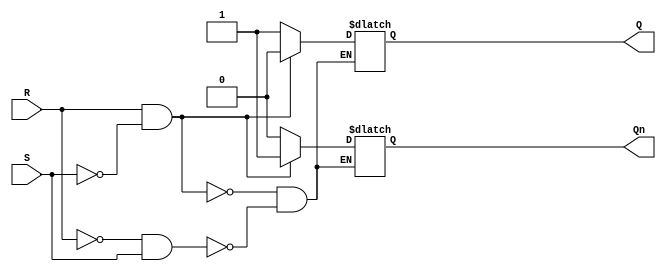
module SR_Latch (
    input wire S,   // Set input
    input wire R,   // Reset input
    output wire Q,  // Q output
    output wire Qn  // Q' (not Q) output
);

    reg Q, Qn;  // Output registers

    // SR latch logic
    always @(S, R) begin
        if (R && !S) begin
            Q <= 0;
            Qn <= 1;
        end else if (!R && S) begin
            Q <= 1;
            Qn <= 0;
        end else begin
            // No change in state when both inputs are 0 or both are 1
        end
    end

endmodule